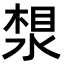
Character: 𪶛